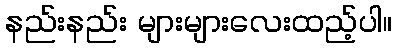
နည်းနည်း များများလေးထည့်ပါ။